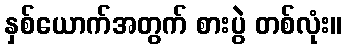
နှစ်ယောက်အတွက် စားပွဲ တစ်လုံး။